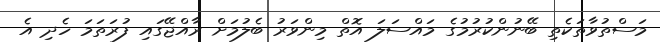
މަސްތުވާތަކެތި ބޭނުންކުރުމުގެ މައްސަލަ އޮތް މިންވަރު ބެލުމަށް ރާއްޖޭގައި ފުރަތަމަ ހެދި އެ